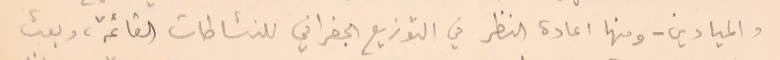
والميادين - ومنها اعادة النظر في التوزيع الجغرافي للنشاطات القائمة، وبعث